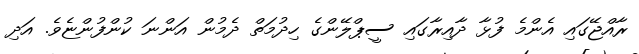
ރާއްޖޭގައި އެންމެ ފުޅާ ދާއިރާގައި ސީޕްލޭންގެ ހިދުމަތް ދެމުން އަންނަ ކުންފުންޏެވެ. އަދި